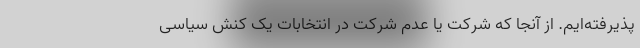
پذیرفته‌ایم. از آنجا که شرکت یا عدم شرکت در انتخابات یک کنش سیاسی